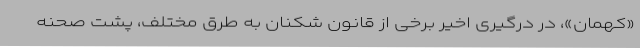
«کهمان»، در درگیری اخیر برخی از قانون شکنان به طرق مختلف، پشت صحنه